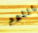
اللوم